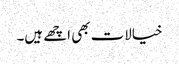
خیالات بھی اچھے ہیں۔